Problem: 7 × 8 = ?
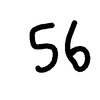
Handwritten answer: 56